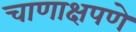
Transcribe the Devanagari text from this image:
चाणाक्षपणे